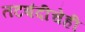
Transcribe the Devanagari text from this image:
तटबंदीचेही